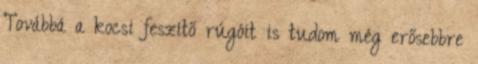
Továbbá a kocsi feszítő rúgóit is tudom még erősebbre